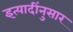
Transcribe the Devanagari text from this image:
इत्यादींनुसार